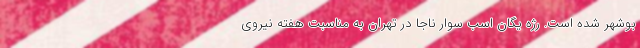
بوشهر شده است. رژه یگان اسب سوار ناجا در تهران به مناسبت هفته نیروی